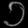
Digit: ၁